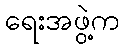
ရေးအဖွဲ့က